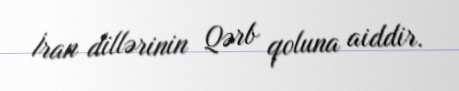
İran dillərinin Qərb qoluna aiddir.